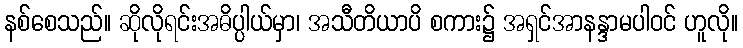
နစ်စေသည်။ ဆိုလိုရင်းအဓိပ္ပါယ်မှာ၊ အသီတိယာပိ စကား၌ အရှင်အာနန္ဒာမပါဝင် ဟူလို။